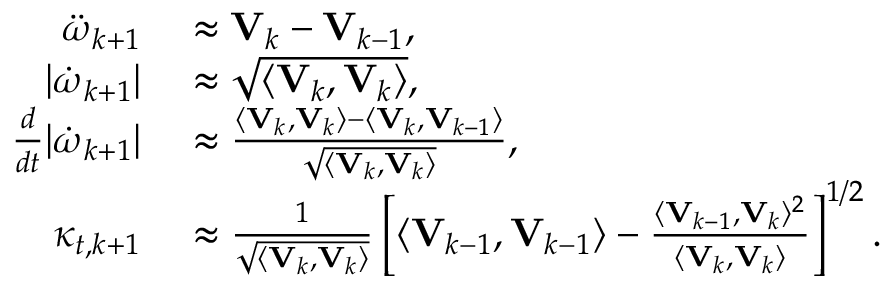
\begin{array} { r l } { \boldsymbol { \ddot { \omega } } _ { k + 1 } } & { { } \approx \mathbf { V } _ { k } - \mathbf { V } _ { k - 1 } , } \\ { | \boldsymbol { \dot { \omega } } _ { k + 1 } | } & { { } \approx \sqrt { \langle \mathbf { V } _ { k } , \mathbf { V } _ { k } \rangle } , } \\ { \frac { d } { d t } | \boldsymbol { \dot { \omega } } _ { k + 1 } | } & { { } \approx \frac { \langle \mathbf { V } _ { k } , \mathbf { V } _ { k } \rangle - \langle \mathbf { V } _ { k } , \mathbf { V } _ { k - 1 } \rangle } { \sqrt { \langle \mathbf { V } _ { k } , \mathbf { V } _ { k } \rangle } } , } \\ { \kappa _ { t , k + 1 } } & { { } \approx \frac { 1 } { \sqrt { \langle \mathbf { V } _ { k } , \mathbf { V } _ { k } \rangle } } \left[ \langle \mathbf { V } _ { k - 1 } , \mathbf { V } _ { k - 1 } \rangle - \frac { \langle \mathbf { V } _ { k - 1 } , \mathbf { V } _ { k } \rangle ^ { 2 } } { \langle \mathbf { V } _ { k } , \mathbf { V } _ { k } \rangle } \right] ^ { 1 / 2 } . } \end{array}